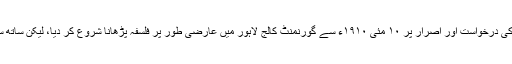
البتہ بعد میں حکومت پنجاب کی درخواست اور اصرار پر ١٠ مئی ١٩١٠ء سے گورنمنٹ کالج لاہور میں عارضی طور پر فلسفہ پڑھانا شروع کر دیا، لیکن ساتھ ساتھ وکالت بھی جاری رکھی۔